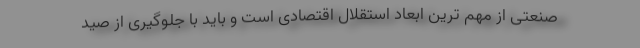
صنعتی از مهم ترین ابعاد استقلال اقتصادی است و باید با جلوگیری از صید